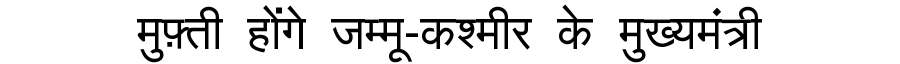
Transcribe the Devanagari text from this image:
मुफ़्ती होंगे जम्मू-कश्मीर के मुख्यमंत्री